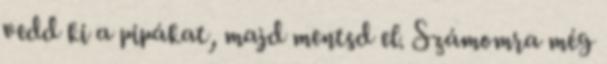
vedd ki a pipákat, majd mentsd el. Számomra még